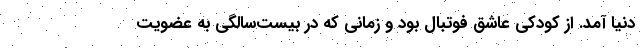
دنيا آمد. از كودكي عاشق فوتبال بود و زماني كه در بيست‌سالگي به عضويت